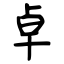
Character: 卓